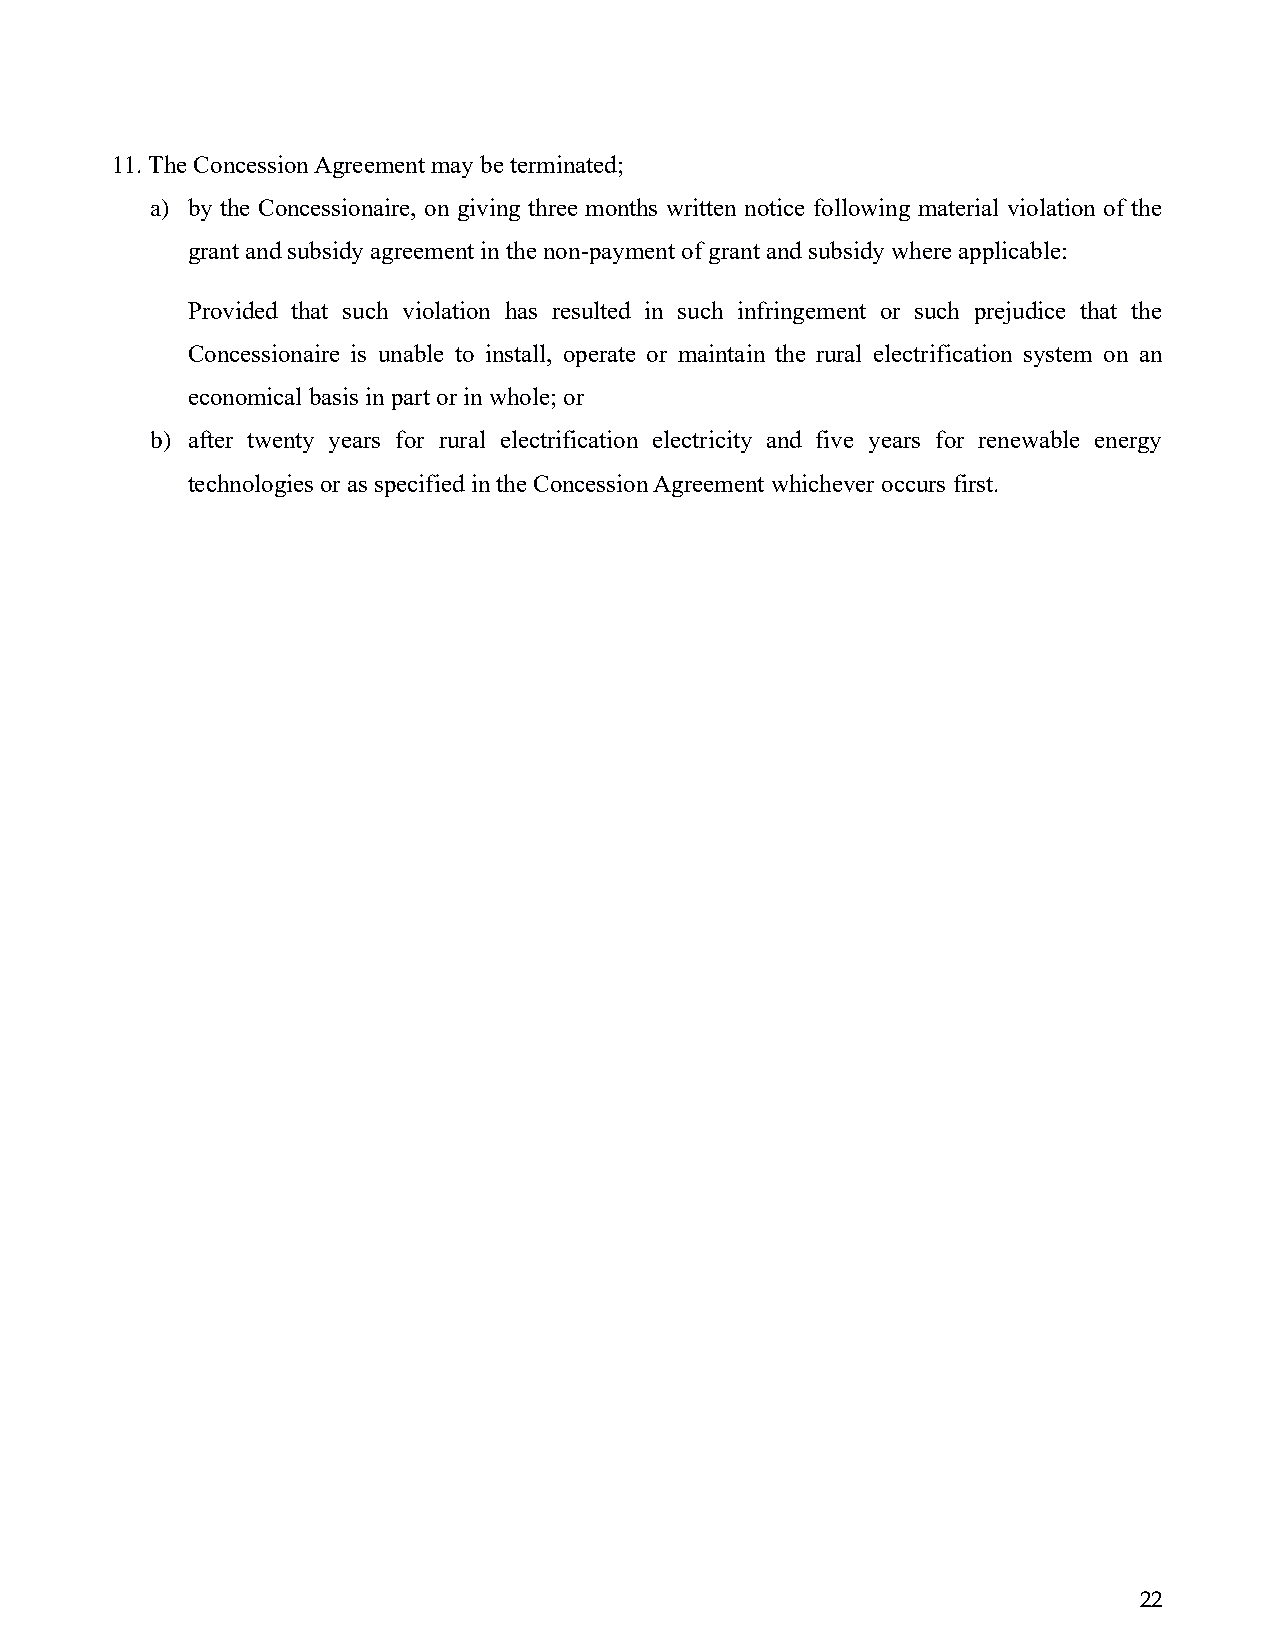
11. The Concession Agreement may be terminated;
 a) by the Concessionaire, on giving three months written notice following material violation of the
 grant and subsidy agreement in the non-payment of grant and subsidy where applicable:
 Provided that such violation has resulted in such infringement or such prejudice that the
 Concessionaire is unable to install, operate or maintain the rural electrification system on an
 economical basis in part or in whole; or
 b) after twenty years for rural electrification electricity and five years for renewable energy
 technologies or as specified in the Concession Agreement whichever occurs first.
 22